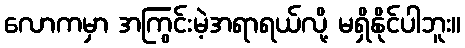
လောကမှာ အကြွင်းမဲ့အရာရယ်လို့ မရှိနိုင်ပါဘူး။